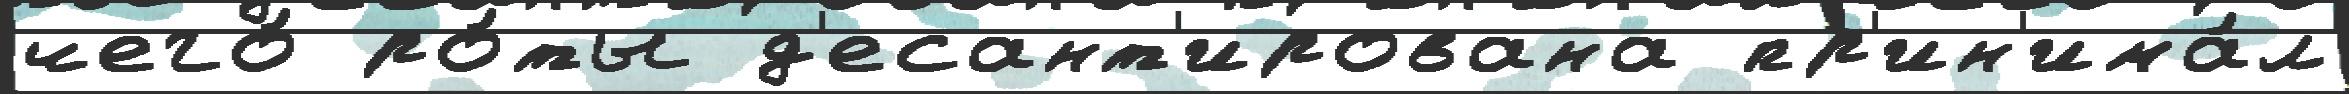
чего́ ро́ты д'есант'ирована пр'ин'има́л